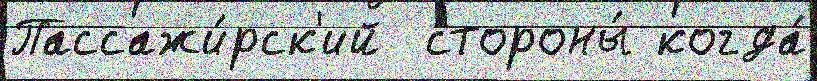
Пассажи́рск'ий  стороны́ когда́